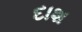
દાશ